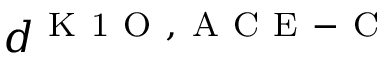
d ^ { \mathrm { ~ K ~ 1 ~ O ~ } , \mathrm { ~ A ~ C ~ E ~ - ~ C ~ } }